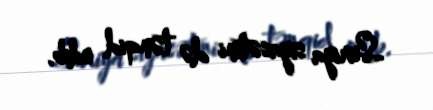
Suriya siyasətini də tənqid edib.